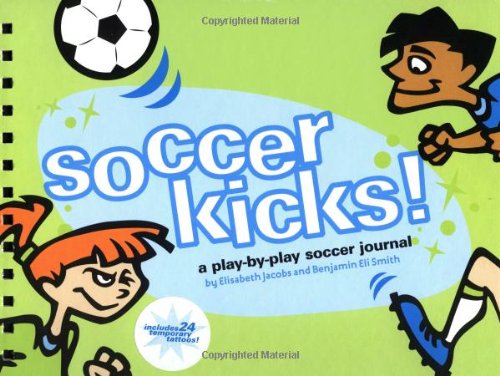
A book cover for Soccer Kicks!: A Play-by-Play Soccer Journal; Elisabeth Jacobs; Children's Books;